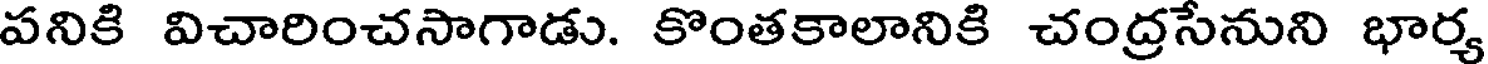
పనికి విచారించసాగాడు. కొంతకాలానికి చంద్రసేనుని భార్య